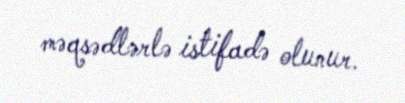
məqsədlərlə istifadə olunur.